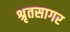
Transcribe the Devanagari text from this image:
श्रृतसागर